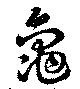
龜